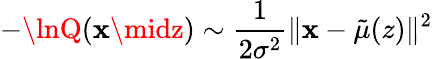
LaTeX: -\lnQ(\mathbf{x}\midz)\sim\frac{{1}}{{2{\sigma}^{2}}}\| \mathbf{x}-{\tilde{{\mu}}}(z)\| ^{2}